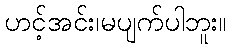
ဟင့်အင်း၊မပျက်ပါဘူး။